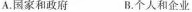
A.国家和政府 B.个人和企业